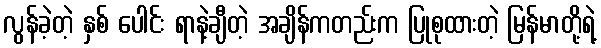
လွန်ခဲ့တဲ့ နှစ် ပေါင်း ရာနဲ့ချီတဲ့ အချိန်ကတည်းက ပြုစုထားတဲ့ မြန်မာတို့ရဲ့